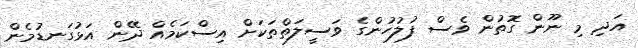
އަދި މި ނޫން ގޮތުން ވެސް ފުލުހުންގެ ވަސީލަތްތަކަށް އިސްކަމެއް ދޭން އަޅުގަނޑުމެން